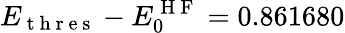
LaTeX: E_{\mathrm{~t~h~r~e~s~}}-E_{0}^{\mathrm{~H~F~}}=0.861680